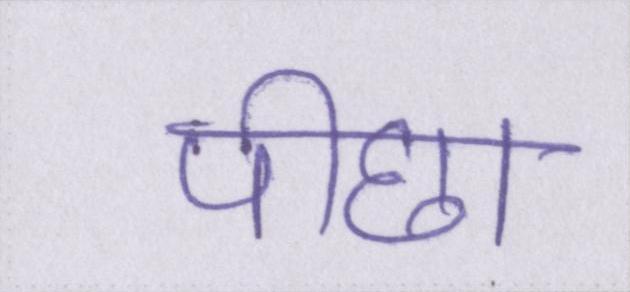
पीछा